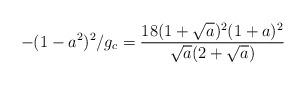
\begin{align*}-(1-a^{2})^{2}/g_{c} = {18 (1 + {\sqrt{a}})^{2}(1+a)^{2} \over {{\sqrt{a}}(2+{\sqrt{a}})}}\end{align*}